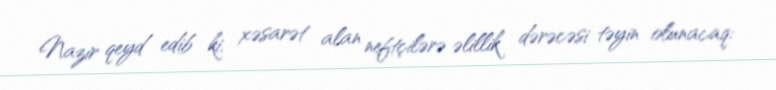
Nazir qeyd edib ki, xəsarət alan neftçilərə əlillik dərəcəsi təyin olunacaq: